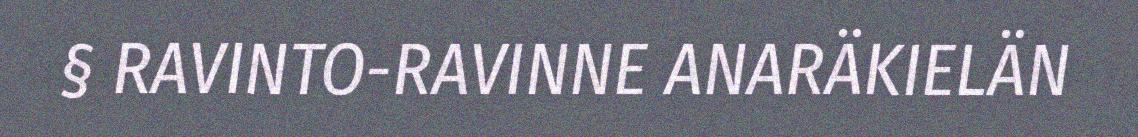
§ RAVINTO-RAVINNE ANARÄKIELÄN